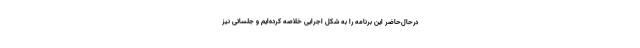
درحال‌حاضر این برنامه را به شکل اجرایی‌ خلاصه کرده‌ایم و جلساتی نیز